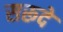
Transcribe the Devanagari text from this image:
सरूदे